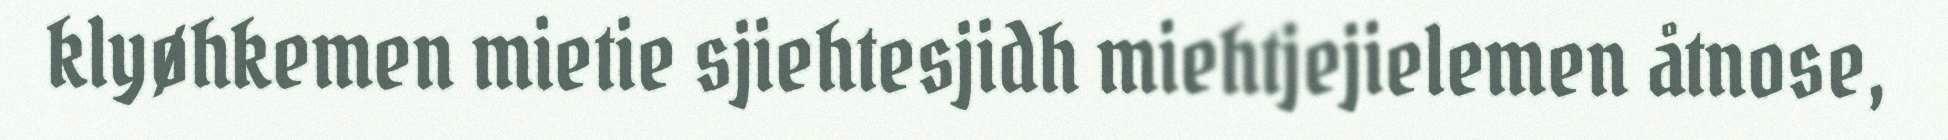
klyøhkemen mietie sjiehtesjidh miehtjejielemen åtnose,